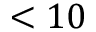
< 1 0